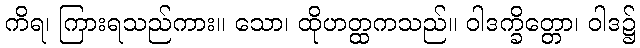
ကိရ၊ ကြားရသည်ကား။ သော၊ ထိုဟတ္ထကသည်။ ဝါဒက္ခိတ္တော၊ ဝါဒ၌